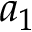
a _ { 1 }